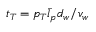
t _ { T } = p _ { T } \bar { l } _ { p } d _ { w } / v _ { w }